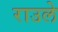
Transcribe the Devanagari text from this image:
राउले